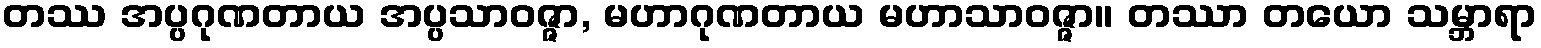
တဿ အပ္ပဂုဏတာယ အပ္ပသာဝဇ္ဇာ, မဟာဂုဏတာယ မဟာသာဝဇ္ဇာ။ တဿာ တယော သမ္ဘာရာ